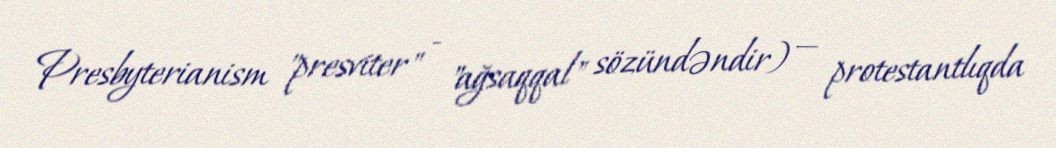
Presbyterianism "presviter" - "ağsaqqal" sözündəndir) — protestantlıqda